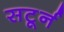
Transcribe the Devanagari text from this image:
सटूर्न